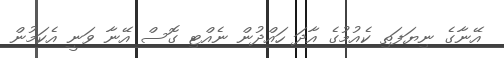
އޭނާގެ ނިޔަފަތި ކެއުމުގެ އާދަ ހައްދުން ނެއްޓި ގޮސް އޭނާ ވަނީ އެކަމުން